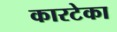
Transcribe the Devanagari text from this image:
कारटेका